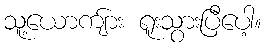
သူ့ယောကျ်ား ရူးသွားပြီပေါ့။